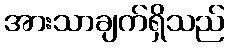
အားသာချက်ရှိသည်